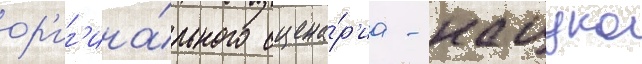
ор'иг'ина́льного сцена́р'иа - нацуко